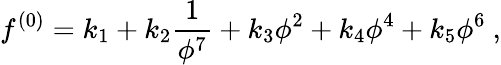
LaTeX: f^{(0)}=k_{1}+k_{2}\frac{1}{\phi^{7}}+k_{3}\phi^{2}+k_{4}\phi^{4}+k_{5}\phi^{6}~,